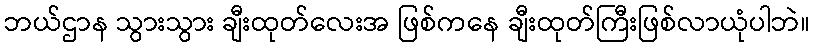
ဘယ်ဌာန သွားသွား ချီးထုတ်လေးအ ဖြစ်ကနေ ချီးထုတ်ကြီးဖြစ်လာယုံပါဘဲ။